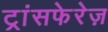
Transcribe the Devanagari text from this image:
ट्रांसफेरेज़